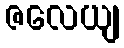
ဇလေယျ